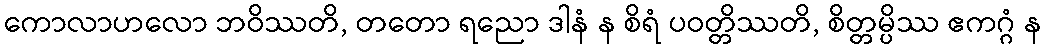
ကောလာဟလော ဘဝိဿတိ, တတော ရညော ဒါနံ န စိရံ ပဝတ္တိဿတိ, စိတ္တမ္ပိဿ ဧကဂ္ဂံ န